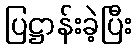
ပြဋ္ဌာန်းခဲ့ပြီး